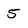
Character: 5